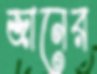
জানের